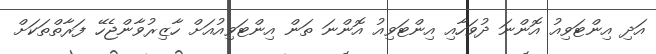
އަދި އިންޓަވިއު އޮންނަ ދުވަހާއި އިންޓަވިއު އޮންނަ ތަން އިންޓަވިއުއަށް ހާޒިރުވާންޖެހޭ ފަރާތްތަކަށް